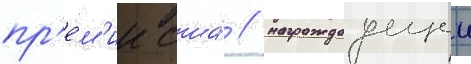
пр'е́м'ии сша́ / награждаущеи